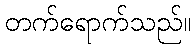
တက်ရောက်သည်။